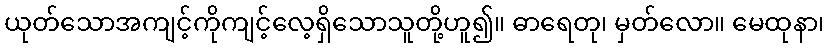
ယုတ်သောအကျင့်ကိုကျင့်လေ့ရှိသောသူတို့ဟူ၍။ ဓာရေတု၊ မှတ်လော။ မေထုနာ၊